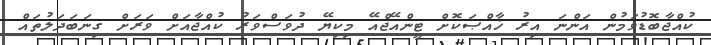
ކުއްޖާބޮޑުވަމުން އަންނަ އިރު ޚާއްޞަކޮށް ޓީންއޭޖްއޭ މިކިޔޭ ދުވަސްވަރު ކުއްޖާއަށް ވަރަށް ގިނަބަދަލުތައް